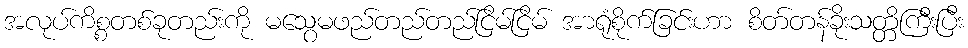
အလုပ်ကိစ္စတစ်ခုတည်းကို မသွေမဖည်တည်တည်ငြိမ်ငြိမ် အာရုံစိုက်ခြင်းဟာ စိတ်တန်ခိုးသတ္တိကြီးပြီး